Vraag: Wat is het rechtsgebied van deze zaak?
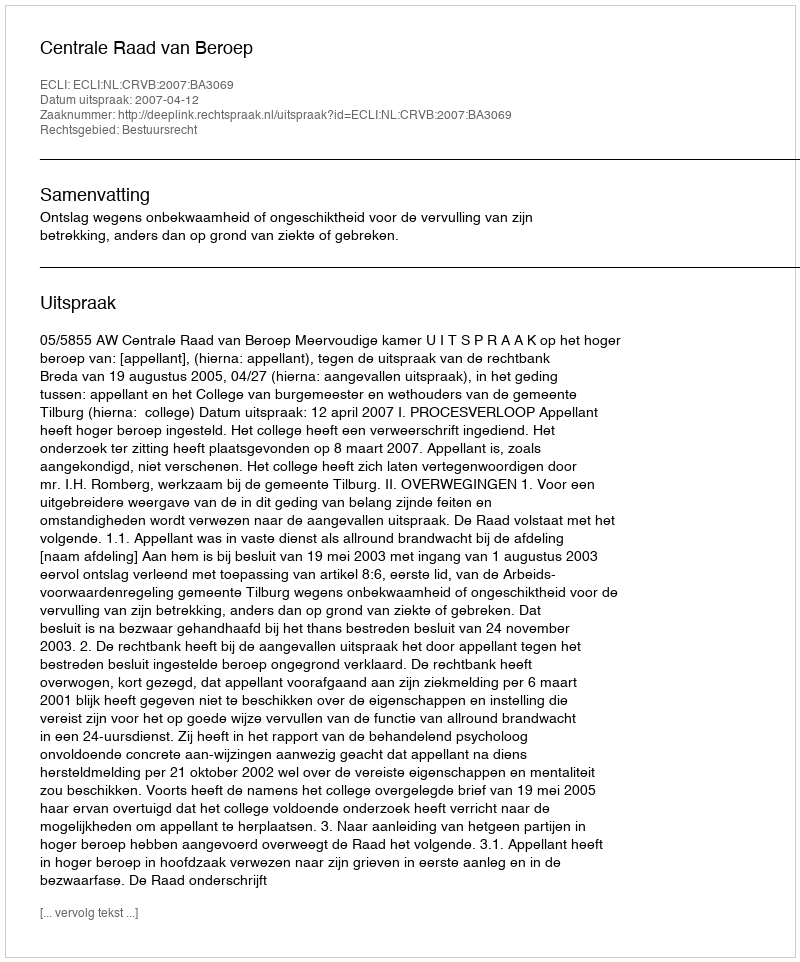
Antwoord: Bestuursrecht